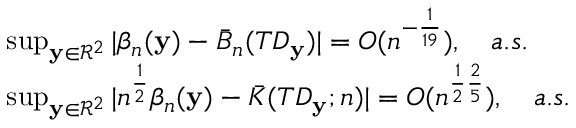
\begin{array} { r l } & { \operatorname* { s u p } _ { { \mathbf { y } } \in { \mathcal { R } } ^ { 2 } } | \beta _ { n } ( { \mathbf { y } } ) - \bar { B } _ { n } ( T D _ { \mathbf { y } } ) | = O ( n ^ { - \frac { 1 } { 1 9 } } ) , \quad a . s . } \\ & { \operatorname* { s u p } _ { { \mathbf { y } } \in { \mathcal { R } } ^ { 2 } } | n ^ { \frac { 1 } { 2 } } \beta _ { n } ( { \mathbf { y } } ) - \bar { K } ( T D _ { \mathbf { y } } ; n ) | = O ( n ^ { \frac { 1 } { 2 } \frac { 2 } { 5 } } ) , \quad a . s . } \end{array}